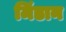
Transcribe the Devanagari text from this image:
मिंडान